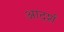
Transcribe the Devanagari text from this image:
आदर्शं